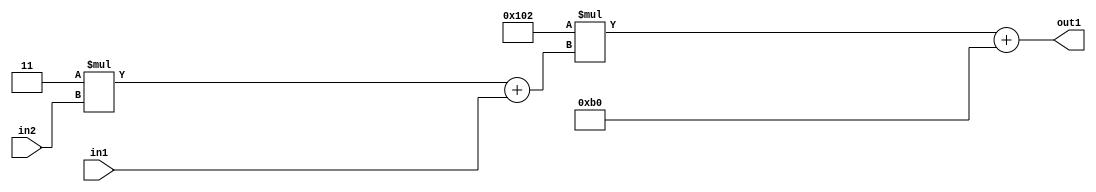
`timescale 1ps / 1ps
/*****************************************************************************
    Verilog RTL Description
    
    
    Created by: Stratus DpOpt 2019.1.01 
*******************************************************************************/

module DC_Filter_Add2i176Mul2i258Add2u1Mul2i3u2_4 (
	in2,
	in1,
	out1
	); /* architecture "behavioural" */ 
input [1:0] in2;
input  in1;
output [11:0] out1;
wire [11:0] asc001;
wire [3:0] asc002;

wire [3:0] asc002_tmp_0;
assign asc002_tmp_0 = 
	+(4'B0011 * in2);
assign asc002 = asc002_tmp_0
	+(in1);

wire [11:0] asc001_tmp_1;
assign asc001_tmp_1 = 
	+(12'B000100000010 * asc002);
assign asc001 = asc001_tmp_1
	+(12'B000010110000);

assign out1 = asc001;
endmodule

/* CADENCE  v7X3Twk= : u9/ySgnWtBlWxVPRXgAZ4Og= ** DO NOT EDIT THIS LINE ******/